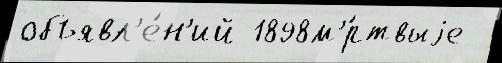
объявл'е́н'ий 1898м'́ртвыjе